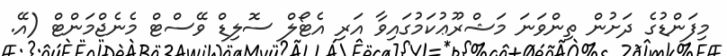
މިފަންޑުގެ ދަށުން ތިންވަނަ މަޝްރޫޢުކަމުގައިވާ އަރި އެޓޯލް ސޮލިޑް ވޭސްޓް މެނެޖްމަންޓް (އޭ.